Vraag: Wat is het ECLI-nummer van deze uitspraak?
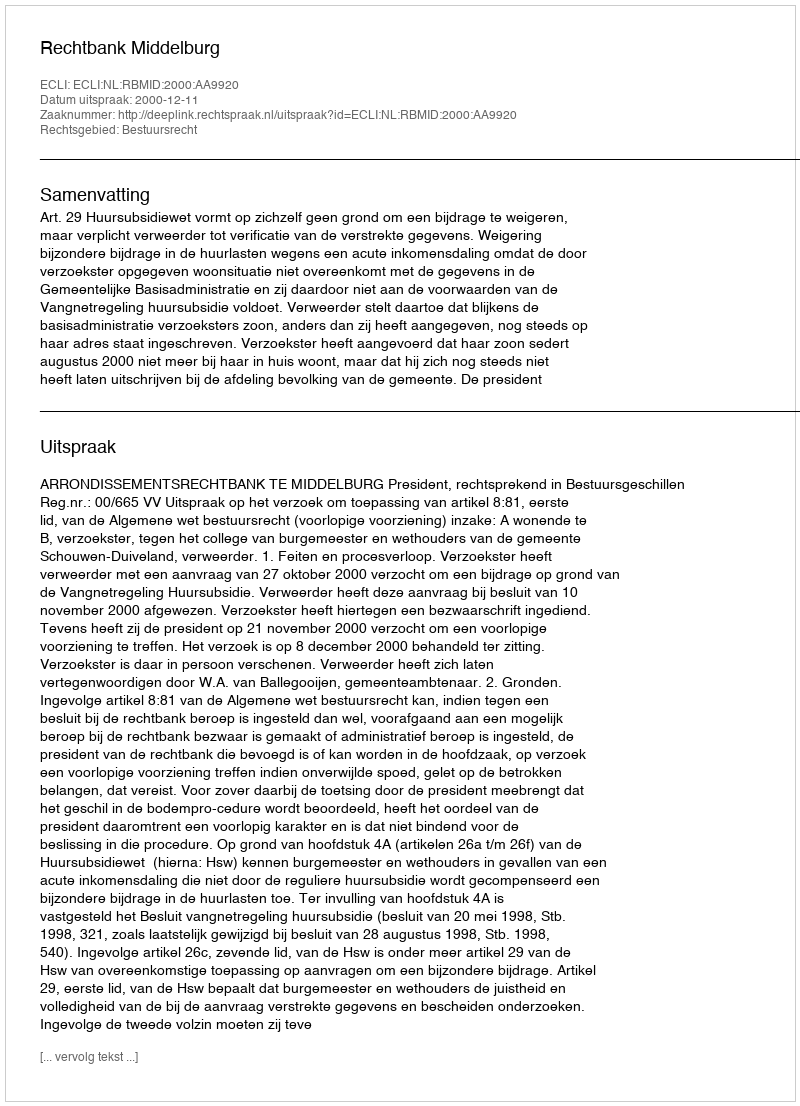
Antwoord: ECLI:NL:RBMID:2000:AA9920